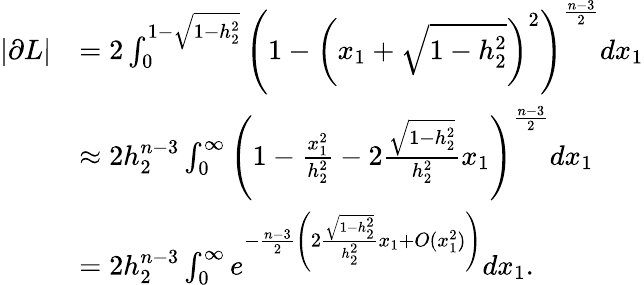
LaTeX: \begin{array}{rl}{|\partial L|}&{=2\int_{0}^{1-\sqrt{1-h_{2}^{2}}}\left(1-\left(x_{1}+\sqrt{1-h_{2}^{2}}\right)^{2}\right)^{\frac{n-3}2}dx_{1}}\\ &{\approx 2h_{2}^{n-3}\int_{0}^{\infty}\left(1-\frac{x_{1}^{2}}{h_{2}^{2}}-2\frac{\sqrt{1-h_{2}^{2}}}{h_{2}^{2}}x_{1}\right)^{\frac{n-3}2}dx_{1}}\\ &{=2h_{2}^{n-3}\int_{0}^{\infty}e^{-\frac{n-3}2\left(2\frac{\sqrt{1-h_{2}^{2}}}{h_{2}^{2}}x_{1}+O(x_{1}^{2})\right)}dx_{1}.}\end{array}